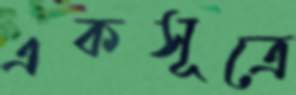
একসূত্রে